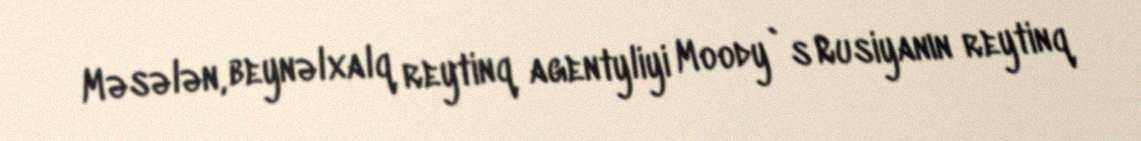
Məsələn, beynəlxalq reytinq agentyliyi Moody`s Rusiyanın reytinq